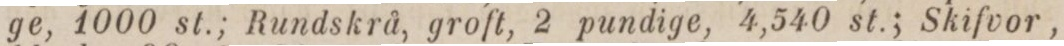
ge, 1000 st.; Rundskrå, groft, 2 pundige, 4,540 st.; Skifvor,